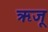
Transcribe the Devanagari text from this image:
ऋजू